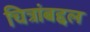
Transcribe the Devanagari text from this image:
चित्रांबद्दल